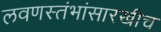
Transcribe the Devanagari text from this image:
लवणस्तंभांसारखीच